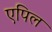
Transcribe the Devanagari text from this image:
एपिल